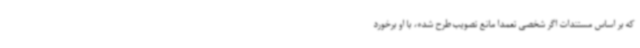
که بر اساس مستندات اگر شخصی تعمدا مانع تصویب طرح شده، با او برخورد